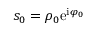
s _ { 0 } = \rho _ { 0 } \mathrm { e } ^ { \mathrm { i } \varphi _ { 0 } }